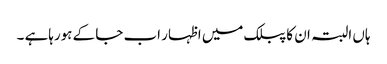
ہاں البتہ ان کا پبلک میں اظہار اب جا کے ہورہاہے ۔